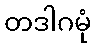
တဒါဂမုံ